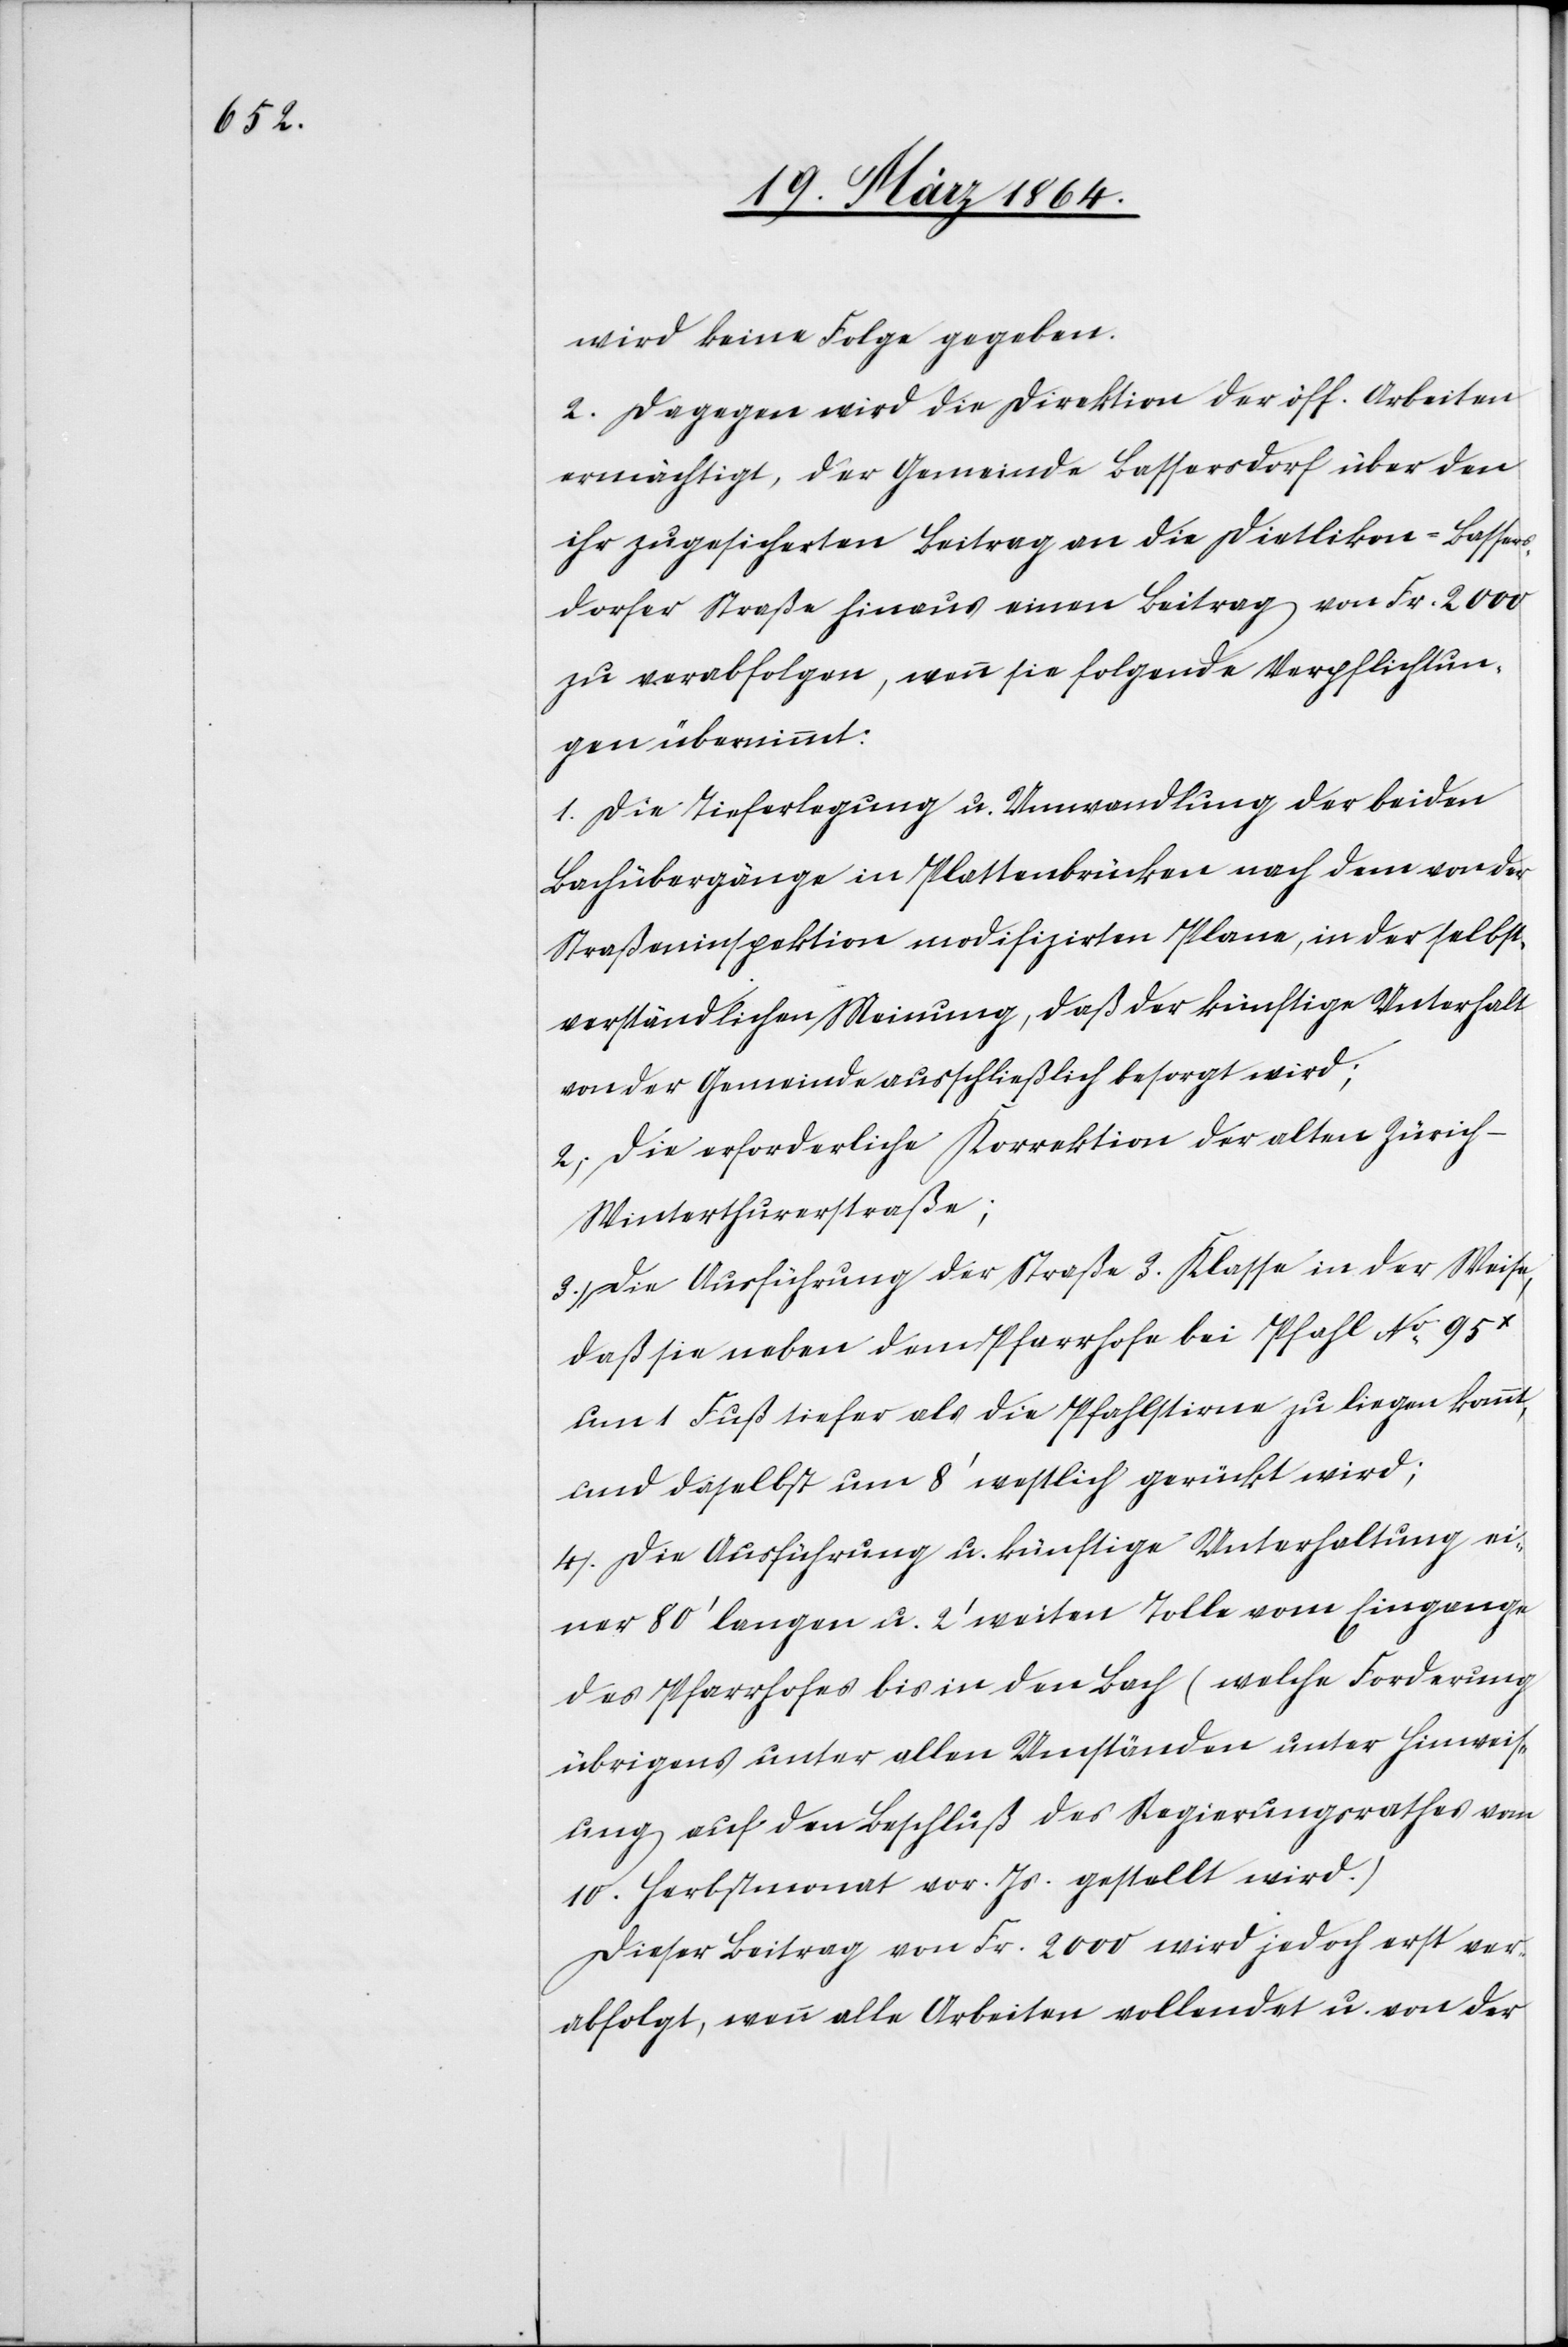
wird keine Folge gegeben.
2. Dagegen wird die Direktion der öff. Arbeiten
ermächtigt, der Gemeinde Bassersdorf über den
ihr zugesicherten Beitrag an die Dietlikon–Bassers¬
dorfer Straße hinaus einen Beitrag von Fr. 2000
zu verabfolgen, wenn sie folgende Verpflichtun¬
gen übernimmt:
1.) Die Tieferlegung u. Umwandlung der beiden
Bachübergänge in Plattenbrücken nach dem von der
Straßeninspektion modifizirten Plane, in der selbst¬
verständlichen Meinung, daß der künftige Unterhalt
von der Gemeinde ausschließlich besorgt sein wird;
2.) Die erforderliche Korrektion der alten Züric¬
h–Winterthurerstraße;
3.) Die Ausführung der Straße 3. Klasse in der Weise,
daß sie neben dem Pfarrhofe bei Pfahl No 95x
um 1 Fuß tiefer als die Pfahlstirne zu liegen kommt,
und daselbst um 8’ westlich gerückt wird;
4.) Die Ausführung u. künftige Unterhaltung ei¬
ner 80’ langen u. 2’ weiten Tolle vom Eingange
des Pfarrhofes bis in den Bach (welche Forderung
übrigens unter allen Umständen unter Hinweis¬
ung auf den Beschluß des Regierungsrathes vom
10. Herbstmonat vor. Js. gestellt wird.)
Dieser Beitrag von Fr. 2000 wird jedoch erst ver¬
abfolgt, wenn alle Arbeiten vollendet u. von der